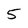
Character: 5